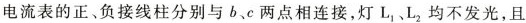
电流表的正、负接线柱分别与b、c两点相连接，灯L_{1}、L_{2}均不发光，且